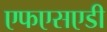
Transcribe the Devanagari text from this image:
एफएसएडी